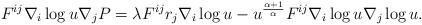
LaTeX: \begin{align*}F^{ij}\nabla_{i}\log u\nabla_{j}P=\lambda F^{ij}r_{j}\nabla_{i}\log u-u^{\frac{\alpha+1}{\alpha}}F^{ij}\nabla_{i}\log u\nabla_{j}\log u.\end{align*}